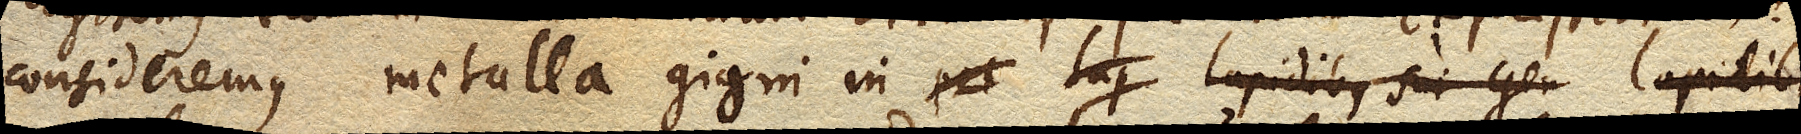
consideremus metalla gigni in